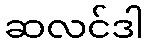
ဆလင်ဒါ